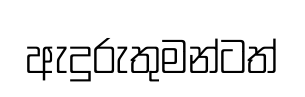
ඇදුරුතුමන්ටත්